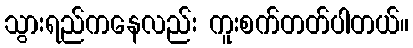
သွားရည်ကနေလည်း ကူးစက်တတ်ပါတယ်။